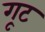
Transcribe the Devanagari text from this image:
गूट